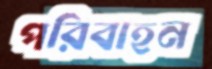
পরিবাহন